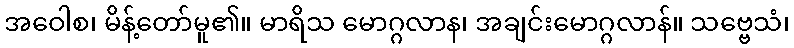
အဝေါစ၊ မိန့်တော်မူ၏။ မာရိသ မောဂ္ဂလာန၊ အချင်းမောဂ္ဂလာန်။ သဗ္ဗေသံ၊